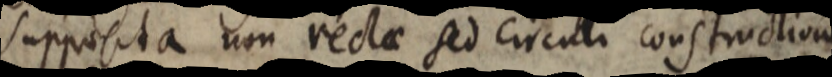
supposita non rectae sed circuli constructione